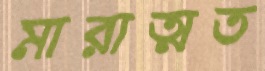
মারাত্মত